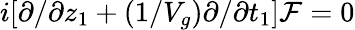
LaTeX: i[\partial/\partial z_{1}+(1/V_{g})\partial/\partial t_{1}]\mathcal{F}=0